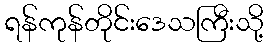
ရန်ကုန်တိုင်းဒေသကြီးသို့